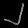
Digit: ၂